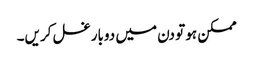
ممکن ہو تو دن میں دوبار غسل کریں۔